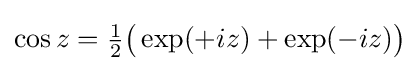
\cos {z}={\tfrac {1}{2}}{\bigl (}\exp(+iz)+\exp(-iz){\bigr )}